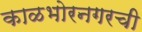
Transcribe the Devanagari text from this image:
काळभोरनगरची